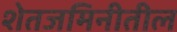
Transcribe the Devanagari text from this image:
शेतजमिनीतील